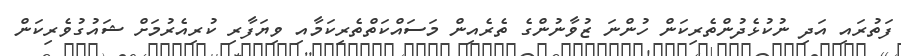
ފަތުރައި އަދި ނުކުޅެދުންތެރިކަން ހުންނަ ޒުވާނުންގެ ތެރެއިން މަސައްކަތްތެރިކަމާއި ވިޔަފާރި ކުރިއެރުމަށް ޝައުގުވެރިކަން